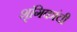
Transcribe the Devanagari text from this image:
शृंगिकांची